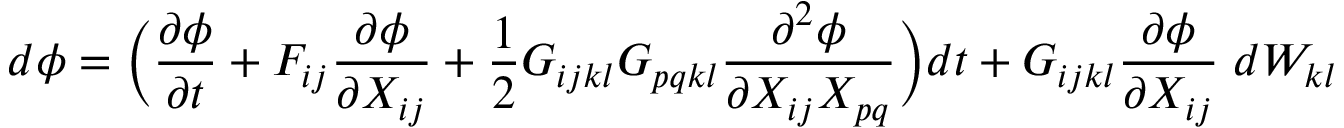
d \phi = \bigg ( \frac { \partial \phi } { \partial t } + F _ { i j } \frac { \partial \phi } { \partial X _ { i j } } + \frac { 1 } { 2 } G _ { i j k l } G _ { p q k l } \frac { \partial ^ { 2 } \phi } { \partial X _ { i j } X _ { p q } } \bigg ) d t + G _ { i j k l } \frac { \partial \phi } { \partial X _ { i j } } \; d W _ { k l }